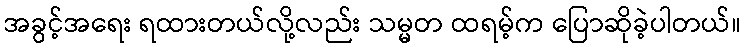
အခွင့်အရေး ရထားတယ်လို့လည်း သမ္မတ ထရမ့်က ပြောဆိုခဲ့ပါတယ်။